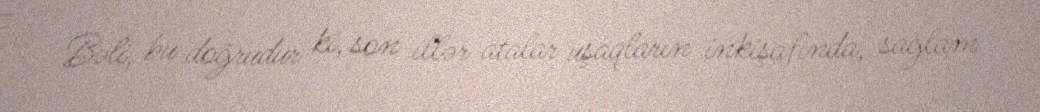
Bəli, bu doğrudur ki, son illər atalar uşaqların inkişafında, sağlam